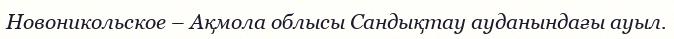
Новоникольское – Ақмола облысы Сандықтау ауданындағы ауыл.